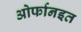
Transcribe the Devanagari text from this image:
ओर्फानइत